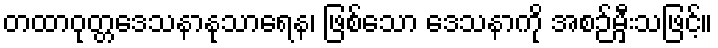
တထာဝုတ္တဒေသနာနုသာရေန၊ ဖြစ်သော ဒေသနာကို အစဉ်မှီးသဖြင့်။